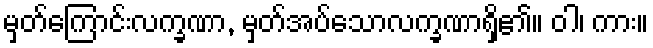
မှတ်ကြောင်းလက္ခဏာ, မှတ်အပ်သောလက္ခဏာရှိ၏။ ဝါ၊ ကား။